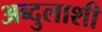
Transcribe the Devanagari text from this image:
अब्दुलाशी